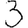
Digit: 3